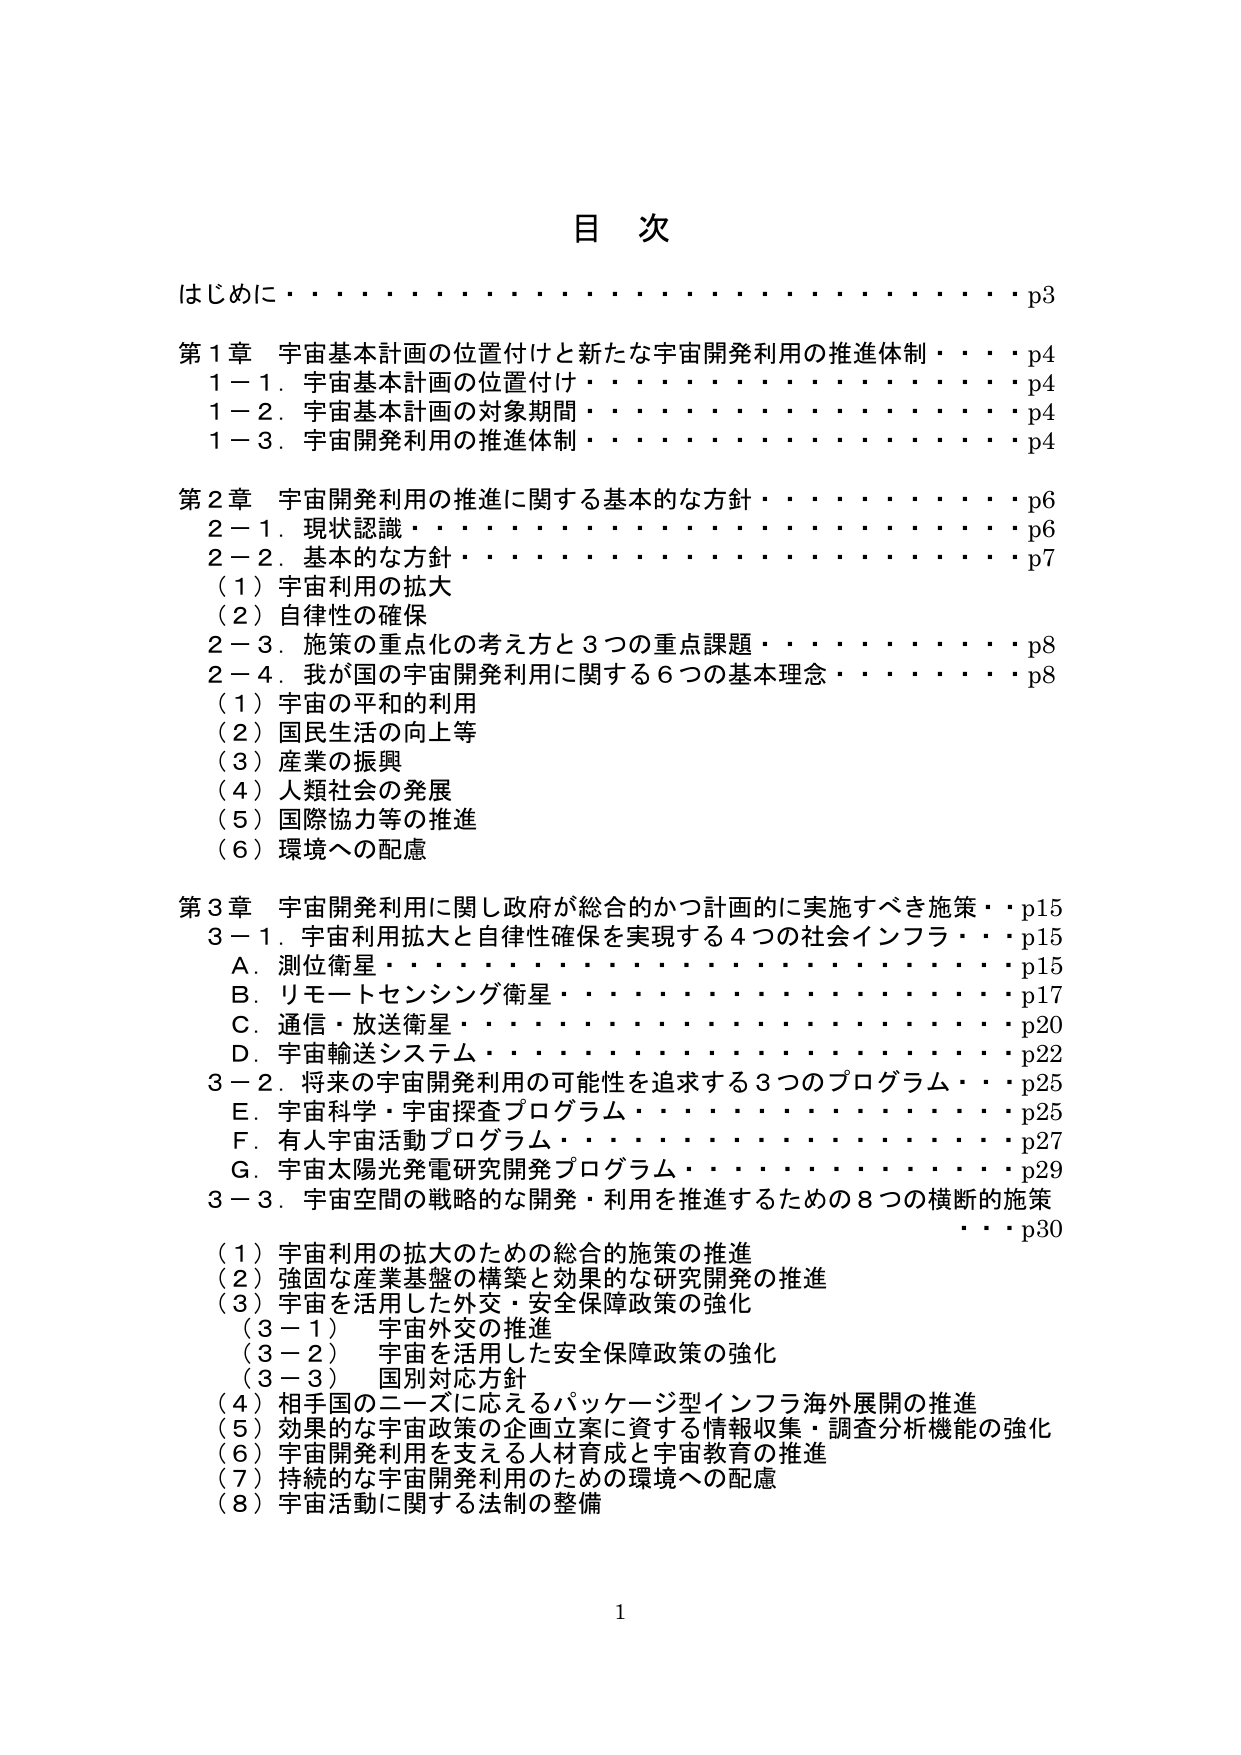
目 次

はじめに・・・・・・・・・・・・・・・・・・・・・・・・・・・・・・・・p3

第1章 宇宙基本計画の位置付けと新たな宇宙開発利用の推進体制・・・・p4
　1－1．宇宙基本計画の位置付け・・・・・・・・・・・・・・・・・・・・p4
　1－2．宇宙基本計画の対象期間・・・・・・・・・・・・・・・・・・・・p4
　1－3．宇宙開発利用の推進体制・・・・・・・・・・・・・・・・・・・・p4

第2章 宇宙開発利用の推進に関する基本的な方針・・・・・・・・・・・・p6
　2－1．現状認識・・・・・・・・・・・・・・・・・・・・・・・・・・・・p6
　2－2．基本的な方針・・・・・・・・・・・・・・・・・・・・・・・・・・p7
　　（1）宇宙利用の拡大
　　（2）自律性の確保
　2－3．施策の重点化の考え方と3つの重点課題・・・・・・・・・・・・p8
　2－4．我が国の宇宙開発利用に関する6つの基本理念・・・・・・・・p8
　　（1）宇宙の平和的利用
　　（2）国民生活の向上等
　　（3）産業の振興
　　（4）人類社会の発展
　　（5）国際協力等の推進
　　（6）環境への配慮

第3章 宇宙開発利用に関し政府が総合的かつ計画的に実施すべき施策・・p15
　3－1．宇宙利用拡大と自律性確保を実現する4つの社会インフラ・・p15
　　A．測位衛星・・・・・・・・・・・・・・・・・・・・・・・・・・・・p15
　　B．リモートセンシング衛星・・・・・・・・・・・・・・・・・・・・p17
　　C．通信・放送衛星・・・・・・・・・・・・・・・・・・・・・・・・p20
　　D．宇宙輸送システム・・・・・・・・・・・・・・・・・・・・・・・・p22
　3－2．将来の宇宙開発利用の可能性を追求する3つのプログラム・・p25
　　E．宇宙科学・宇宙探査プログラム・・・・・・・・・・・・・・・・p25
　　F．有人宇宙活動プログラム・・・・・・・・・・・・・・・・・・・・p27
　　G．宇宙太陽光発電研究開発プログラム・・・・・・・・・・・・・・p29
　3－3．宇宙空間の戦略的な開発・利用を推進するための8つの横断的施策
　　・・・・・・・・・・・・・・・・・・・・・・・・・・・・・・・・p30
　　（1）宇宙利用の拡大のための総合的施策の推進
　　（2）強固な産業基盤の構築と効果的な研究開発の推進
　　（3）宇宙を活用した外交・安全保障政策の強化
　　　（3－1）宇宙外交の推進
　　　（3－2）宇宙を活用した安全保障政策の強化
　　　（3－3）国別対応方針
　　（4）相手国のニーズに応えるパッケージ型インフラ海外展開の推進
　　（5）効果的な宇宙政策の企画立案に資する情報収集・調査分析機能の強化
　　（6）宇宙開発利用を支える人材育成と宇宙教育の推進
　　（7）持続的な宇宙開発利用のための環境への配慮
　　（8）宇宙活動に関する法制の整備

1